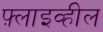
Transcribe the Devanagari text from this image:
फ़्लाइव्हील